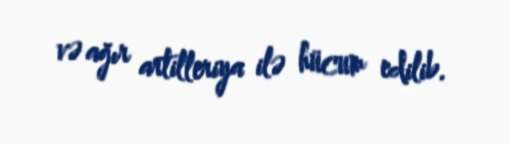
və ağır artilleriya ilə hücum edilib.